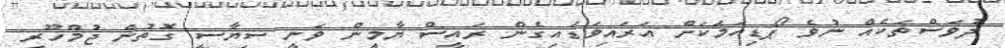
ދުވަސްތަކެއް ނުވެ ޕޯޑިއަމަކަށް އަރައިވަޑައިގެން ރައީސް ޔާމީން ވަނީ ސިޔާސީ ގޮތުން ޖުމްހޫރީ